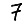
Digit: 7